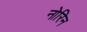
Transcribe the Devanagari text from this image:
नोरिन